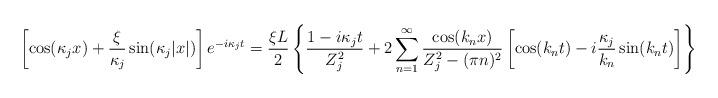
LaTeX: \begin{align*}\left[\cos(\kappa_j x) + \frac{\xi}{\kappa_j} \sin(\kappa_j |x|)\right] e^{-i\kappa_j t}= \frac{\xi L}{2}\left\{ \frac{1-i\kappa_j t}{Z_j^2} + 2\sum_{n=1}^\infty \frac{\cos(k_n x)}{Z_j^2-(\pi n)^2}\left[ \cos(k_n t) - i \frac{\kappa_j}{k_n} \sin(k_n t)\right]\right\}\end{align*}